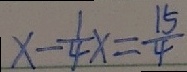
x - \frac { 1 } { 4 } x = \frac { 1 5 } { 4 }